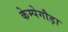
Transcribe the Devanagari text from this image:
केम्पेगौड़ा